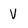
Character: V